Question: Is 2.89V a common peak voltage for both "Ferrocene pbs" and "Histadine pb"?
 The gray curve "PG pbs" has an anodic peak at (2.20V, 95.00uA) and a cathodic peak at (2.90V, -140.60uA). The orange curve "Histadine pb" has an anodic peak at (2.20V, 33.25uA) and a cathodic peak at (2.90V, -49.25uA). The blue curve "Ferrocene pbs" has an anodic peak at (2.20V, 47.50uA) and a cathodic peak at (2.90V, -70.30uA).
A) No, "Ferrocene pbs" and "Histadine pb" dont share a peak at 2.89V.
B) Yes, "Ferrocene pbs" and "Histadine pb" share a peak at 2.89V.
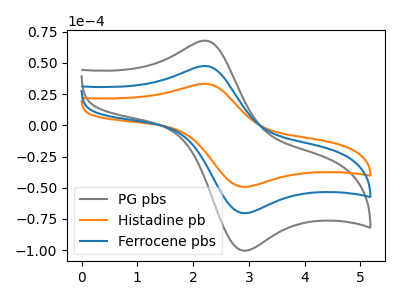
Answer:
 <answer>B) Yes, "Ferrocene pbs" and "Histadine pb" share a peak at 2.89V.</answer>
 <eval>B</eval>